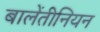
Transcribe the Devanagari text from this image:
बालेंतीनियन